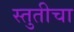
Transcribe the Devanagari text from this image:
स्तुतीचा